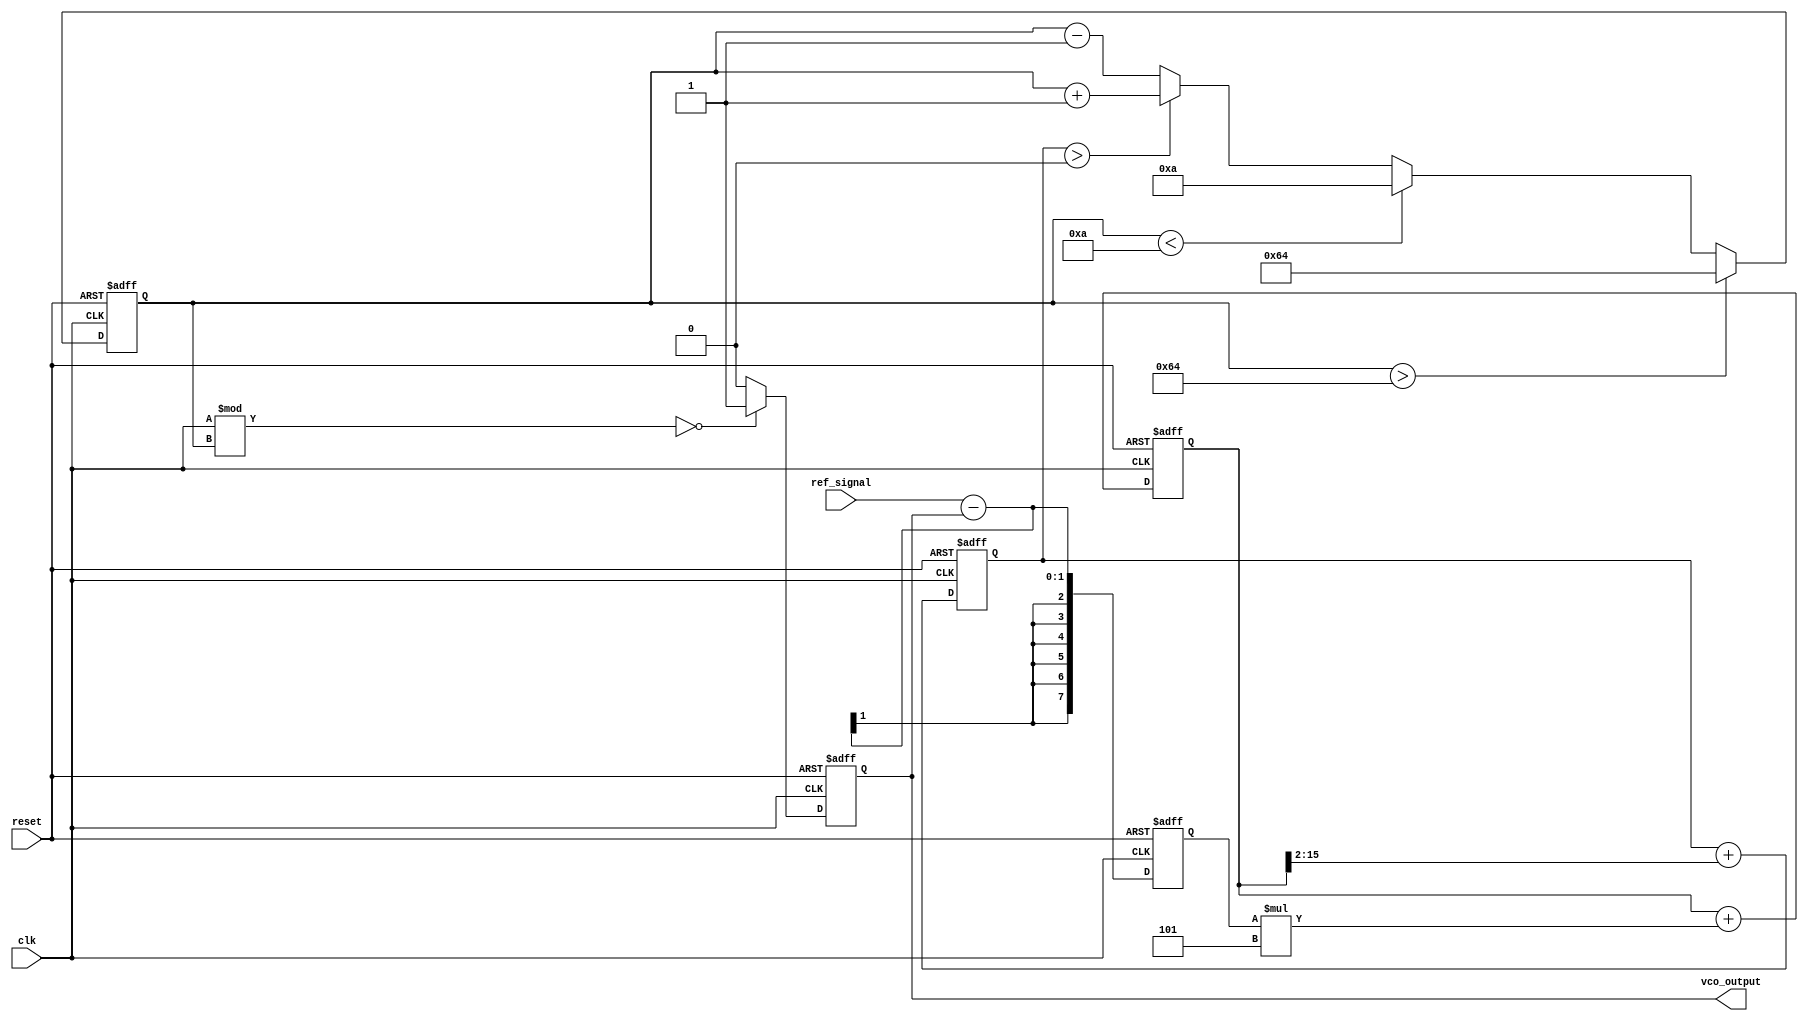
module sigma_delta_pll (
    input wire clk,          // System clock
    input wire reset,        // Reset signal
    input wire ref_signal,   // Reference signal
    output reg vco_output    // VCO output signal
);

    // Parameters
    parameter VCO_MAX_FREQ = 100; // Max VCO frequency
    parameter VCO_MIN_FREQ = 10;   // Min VCO frequency
    parameter LOOP_FILTER_GAIN = 5; // Gain for the loop filter
    parameter SD_MODULATOR_ORDER = 2; // Order of sigma-delta modulator

    // Internal signals
    reg [7:0] phase_error;          // Phase error signal from PD
    reg [15:0] control_voltage;      // Control voltage from loop filter
    reg [15:0] filtered_voltage;     // Filtered voltage
    reg [15:0] sd_out;               // Output from sigma-delta modulator
    reg [15:0] vco_freq;             // VCO frequency

    // Phase Detector (PD) implementation
    always @(posedge clk or posedge reset) begin
        if (reset) begin
            phase_error <= 0;
        end else begin
            // Simple phase detection logic
            phase_error <= ref_signal - vco_output; // Calculate the phase difference
        end
    end

    // Loop Filter implementation (simple proportional)
    always @(posedge clk or posedge reset) begin
        if (reset) begin
            filtered_voltage <= 0;
        end else begin
            filtered_voltage <= filtered_voltage + (phase_error * LOOP_FILTER_GAIN);
        end
    end

    // Sigma-Delta Modulator implementation
    always @(posedge clk or posedge reset) begin
        if (reset) begin
            sd_out <= 0;
        end else begin
            // Simple integrator for sigma-delta modulation
            sd_out <= sd_out + (filtered_voltage >> SD_MODULATOR_ORDER);
        end
    end

    // Voltage-Controlled Oscillator (VCO) implementation
    always @(posedge clk or posedge reset) begin
        if (reset) begin
            vco_freq <= VCO_MIN_FREQ;
            vco_output <= 0;
        end else begin
            // Update VCO frequency based on control voltage
            if (sd_out > 0) begin
                vco_freq <= vco_freq + 1; // Increase frequency
            end else begin
                vco_freq <= vco_freq - 1; // Decrease frequency
            end

            // Clamp to max and min frequencies
            if (vco_freq > VCO_MAX_FREQ) begin
                vco_freq <= VCO_MAX_FREQ;
            end else if (vco_freq < VCO_MIN_FREQ) begin
                vco_freq <= VCO_MIN_FREQ;
            end
            
            // Generate a square wave for VCO output
            vco_output <= (clk % vco_freq == 0) ? 1'b1 : 1'b0; // Simple frequency generation
        end
    end

endmodule